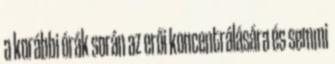
a korábbi órák során az erői koncentrálására és semmi